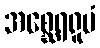
အစ္ဆေရရူပံ